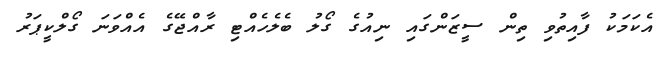
އެކަމަކު ފާއިތުވި ތިން ސީޒަންގައި ނިއުގެ ގޯލު ބެލެހެއްޓި ރާއްޖޭގެ އެއްވަނަ ގޯލްކީޕަރު